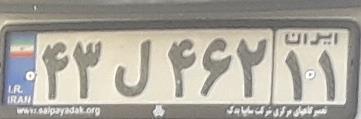
۴۳ل۴۶۲۱۱